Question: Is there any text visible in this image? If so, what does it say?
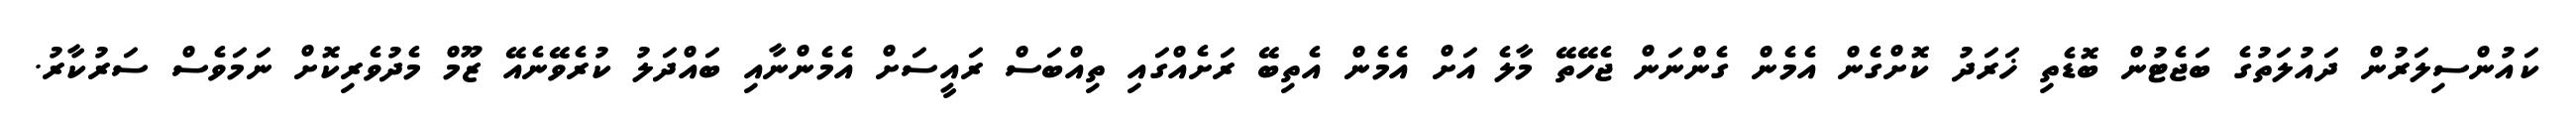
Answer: ކައުންސިލަރުން ދައުލަތުގެ ބަޖެޓުން ބޮޑެތި ޚަރަދު ކޮށްގެން އެމެން ގެންނަން ޖެހޭތޭ މާލެ އަށް އެމެން އެތިބޭ ރަށެއްގައި ތިއްބަސް ރައީސަށް އެމެންނާއި ބައްދަލު ކުރެވޭނެއޭ ޒޫމް މެދުވެރިކޮށް ނަމަވެސް ސަރުކާރު.